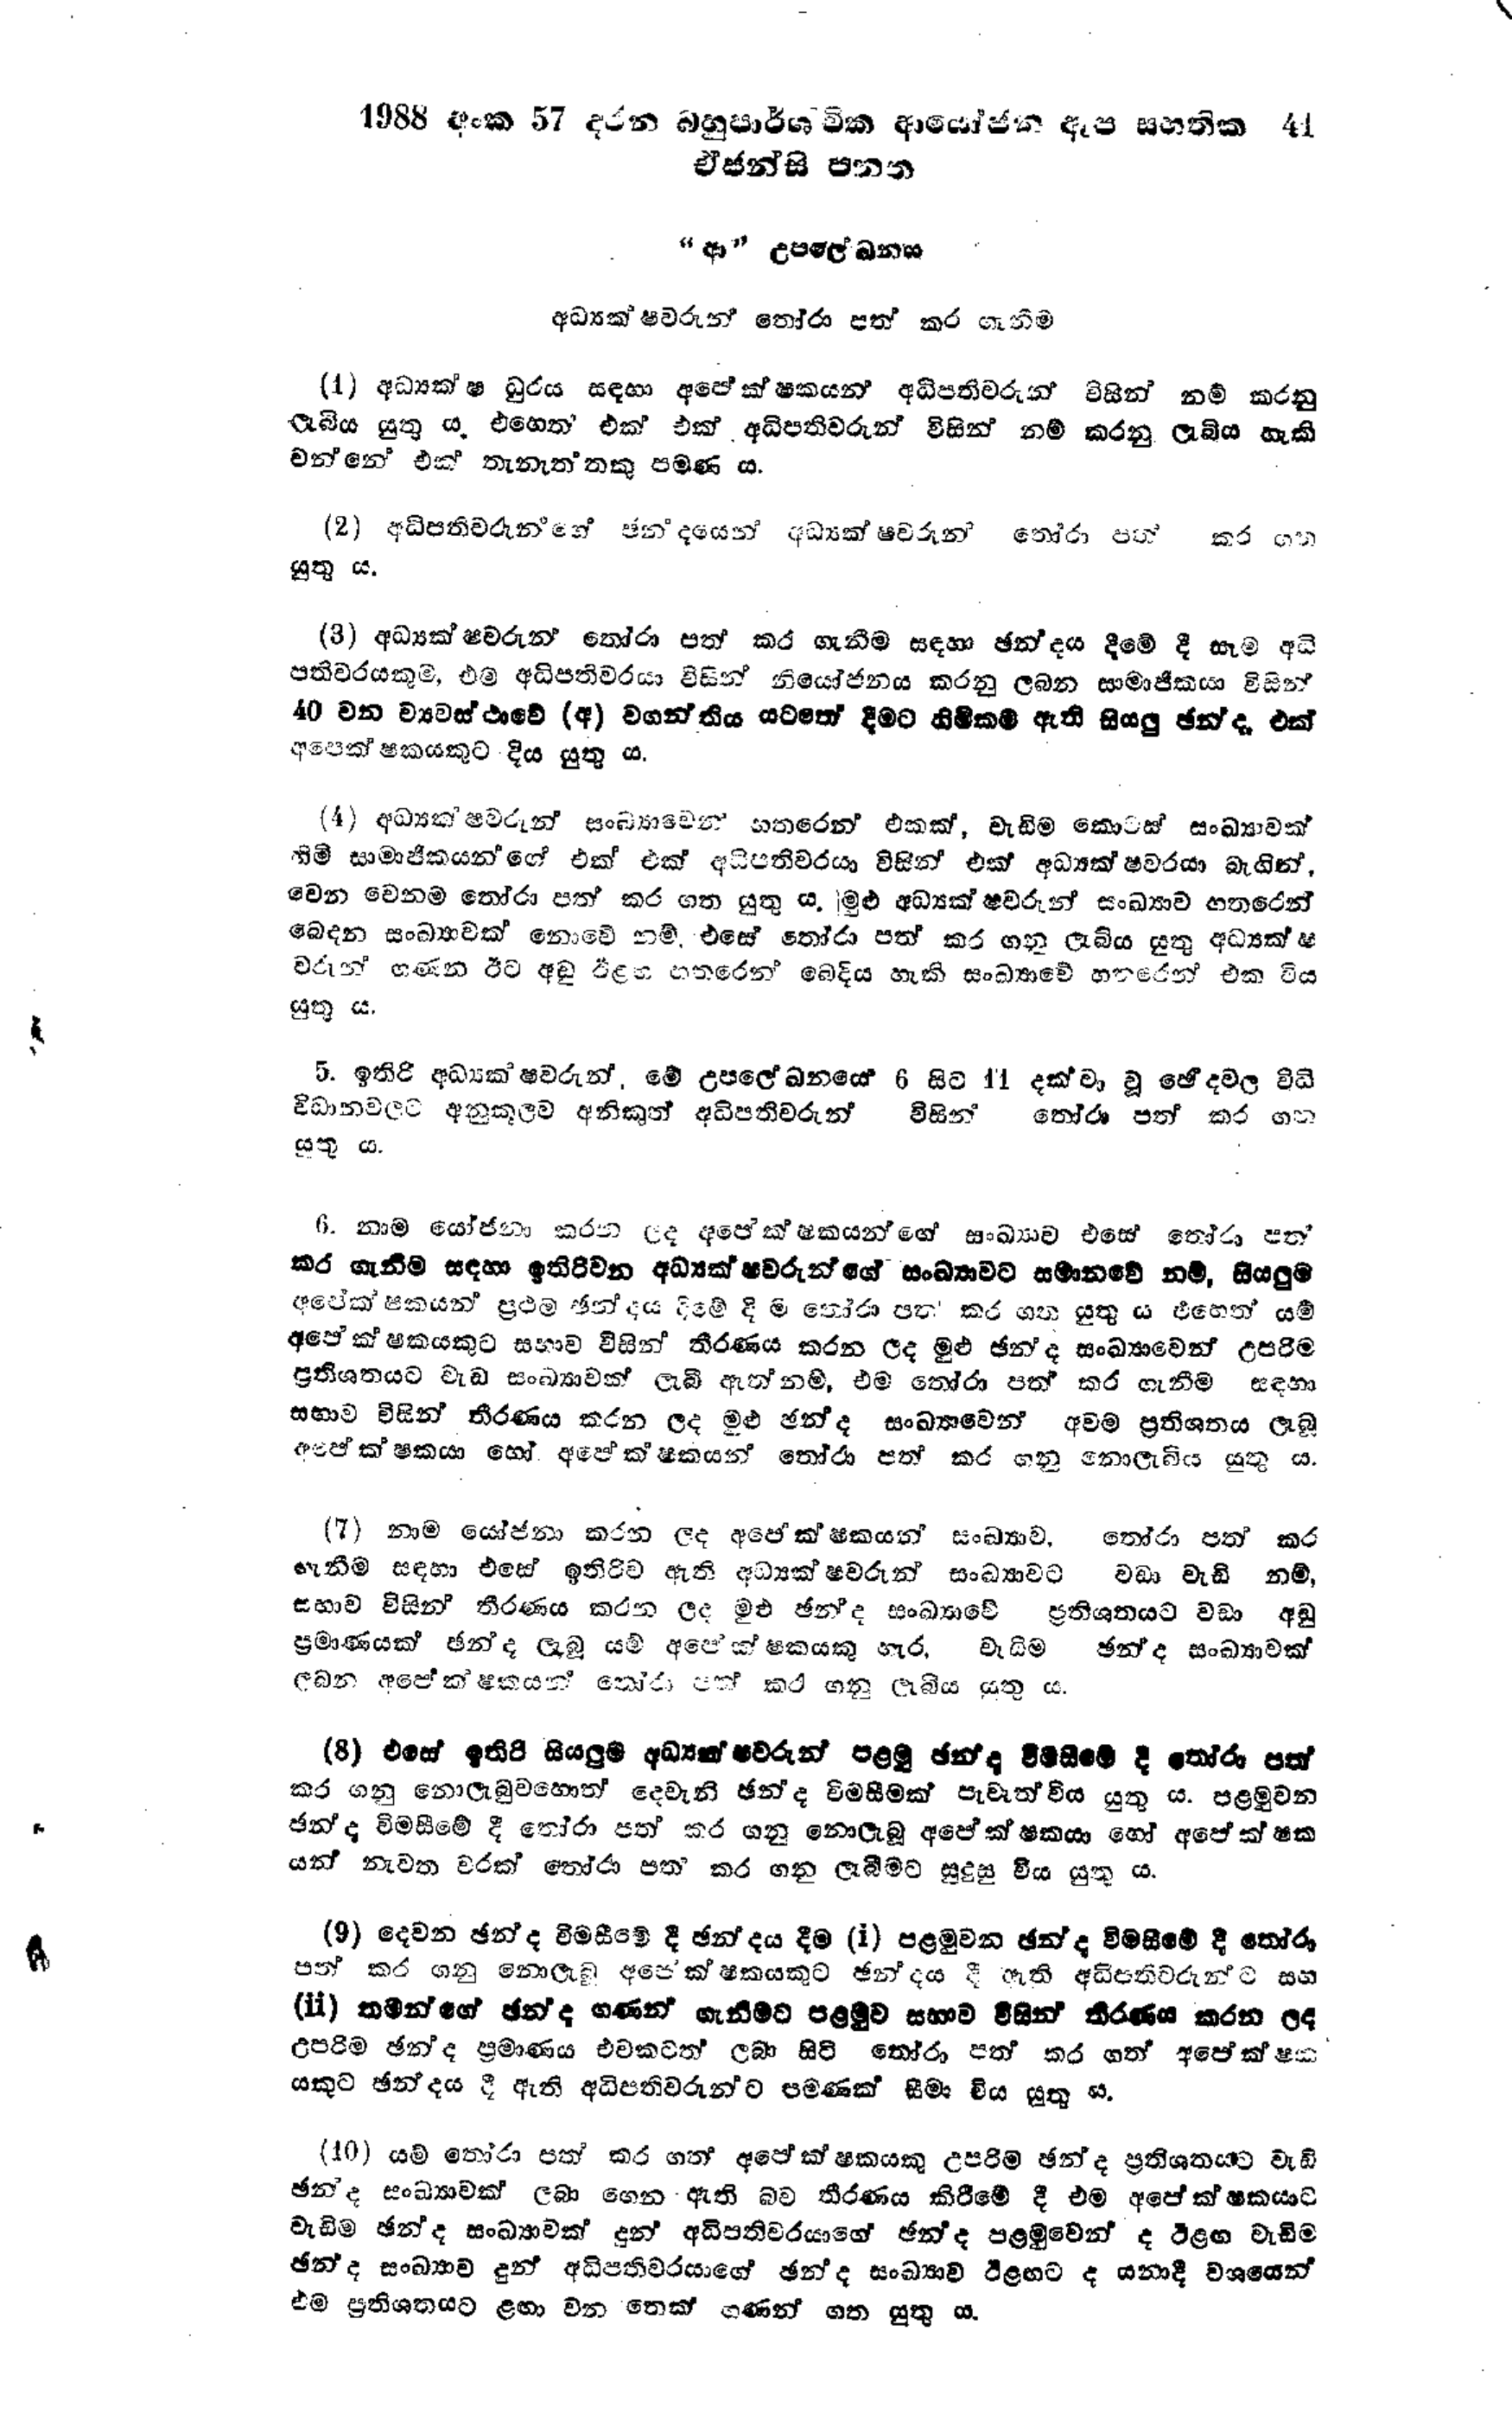
1988 අංක 57 දරන බහුපාර්ශ්චික ආයෝජන ඇප සහතික 41
ඒජන්සි පනත

"ආ" උපලේඛනය

අධ්‍යක්ෂවරුන් තෝරා පත් කර ගැනීම

(4) අධ්‍යක්ෂ ධුරය සඳහා අපේක්ෂකයන් අධිපතිවරුන් විසින් නම් කරනු
ලැබිය යුතු ය. එහෙත් එක් එක් අධිපතිවරුන් විසින් නම් කරනු ලැබිය හැකි
වන්නේ එක් තැනැත්තකු පමණ ය.

(2) අධිපතිවරුන්ගේ ඡන්දයෙන් අධ්‍යක්ෂ්වරුන් තෝරා පත් කර ගත
යුතු ය.

(3) අධ්‍යක්ෂවරුන් තෝරා පත් කර ගැනීම සඳහා ඡන්දය දීමේ දී සෑම අධි
පතිවරයකුම, එම අධිපතිවරයා විසින් නියෝජනය කරනු ලබන සාමාජිකයා විසින්
40 වන ව්‍යවස්ථාවේ (අ) වගන්තිය යටතේ දීමට හිමිකම ඇති සියලු ඡන්ද, එක්
අපෙක්ෂකයකුට දිය යුතු ය.

(4) අධ්‍යක්ෂවරුන් සංඛ්‍යාවෙන් හතරෙන් එකක්, වැඩිම කොටස් සංඛ්‍යාවක්
හිමි සාමාජිකයන්ගේ එක් එක් අධිපතිවරයා විසින් එක් අධ්‍යක්ෂවරයා බැගින්,
වෙන වෙනම තෝරා පත් කර ගත යුතු ය. මුළු අධ්‍යක්ෂවරුන් සංඛ්‍යාව හතරෙන්
බෙදන සංඛ්‍යාවක් නොවේ නම් එසේ තෝරා පත් කරගනු ලැබිය යුතු අධ්‍යක්ෂ
වරුන් ගණන ඊට අඩු ඊළඟ හතරෙන් බෙදිය හැකි සංඛ්‍යාවේ හතරෙන් එක විය
යුතු ය.

5. ඉතිරි අධ්‍යක්ෂවරුන්, මේ උපලේඛනයේ 6 සිට 11 දක්වා වූ ඡේදවල විධි
විධානවලට අනුකූලව අනිකුත් අධිපතිවරුන් විසින් තෝරා පත් කර ගත
යුතු ය.

6. නාම යෝජනා කරන ලද අපේක්ෂකයන්ගේ සංඛ්‍යාව එසේ තෝරා පත්
කර ගැනීම සඳහා ඉතිරිවන අධ්‍යක්ෂවරුන්ගේ සංඛ්‍යාවට සමාන වේ නම්, සියලුම
අපේක්ෂකයන් ප්‍රථම ඡන්දය දිමේ දිම තෝරා පත් කර ගත යුතු ය එහෙත් යම්
අපේක්ෂකයකුට සභාව විසින් තීරණය කරන ලද මුළු ඡන්ද සංඛ්‍යාවෙන් උපරිම
ප්‍රතිශතයට වැඩ සංඛ්‍යාවක් ලැබී ඇත්නම්, එම තෝරා පත් කර ගැනීම සඳහා
සභාව විසින් තීරණය කරන ලද මුළු ඡන්ද සංඛ්‍යාවෙන් අවම ප්‍රතිශතය ලැබූ
අපේක්ෂකයා හෝ අපේක්ෂකයන් තෝරා පත් කර ගනු නොලැබිය යුතු ය.

(7) නාම යෝජනා කරන ලද අපේක්ෂකයන් සංඛ්‍යාව තෝරා පත් කර
ගැනීම සඳහා එසේ ඉතිරිව ඇති අධ්‍යක්ෂවරුන් සංඛ්‍යාවට වඩා වැඩි නම්,
සභාව විසින් තීරණය කරන ලද මුළු ඡන්ද සංඛ්‍යාවේ ප්‍රතිශතයට වඩා අඩු
ප්‍රමාණයක් ඡන්ද ලැබූ යම් අපේක්ෂකයකු හැර, වැඩිම ඡන්ද සංඛ්‍යාවක්
ලබන අපේක්ෂකයන් තෝරා පත් කර ගනු ලැබිය යුතු ය.

(8) එසේ ඉතිරි සියලුම අධ්‍යක්ෂවරුන් පළමු ජන්ද විමසීමේ දී තෝරා පත්
කර ගනු නොලැබුවහොත් දෙවැනි ඡන්ද විමසීමක් පැවැත්විය යුතු ය. පළමුවන
ඡන්ද විමසීමේ දී තෝරා පත් කර ගනු නොලැබූ අපේක්ෂකයා හෝ අපේක්ෂක
යන් නැවත වරක් තෝරා පත‍් කර ගනු ලැබීමට සුදුසු විය යුතු ය.

(9) දෙවන ඡන්ද විමසීමේ දී ඡන්දය දීම (i) පළමුවන ඡන්ද විමසීමේ දී තෝරා
පත් කර ගනු නොලැබු අපේක්ෂකයකුට ඡන්දය දී ඇති අධිපතිවරුන්ට සහ
(ii) තමන්ගේ ඡන්ද ගණන් ගැනීමට පළමුව සභාව විසින් තීරණය කරන ලද
උපරිම ඡන්ද ප්‍රමාණය එවකටත් ලබා සිටි තෝරා පත් කර ගත් අපේක්ෂක
යකුට ඡන්දය දී ඇති අධිපතිවරුන්ට පමණක් සීමා විය යුතු ය.

(10) යම් තෝරා පත් කර ගත් අපේක්ෂකයකු උපරිම ඡන්ද ප්‍රතිශතයට වැඩි
ඡන්ද සංඛ්‍යාවක් ලබා ගෙන ඇති බව තීරණය කිරීමේදී එම අපේක්ෂකයාට
වැඩිම ඡන්ද සංඛ්‍යාවක් දුන් අධිපතිවරයාගේ ඡන්ද පළමුවෙන් ද ඊළඟ වැඩිම
ඡන්ද සංඛ්‍යාව දුන් අධිපතිවරයාගේ ඡන්ද සංඛ්‍යාව ඊළඟට ද යනාදී වශයෙන්
එම ප්‍රතිශතයට ළඟා වන තෙක් ගණන් ගත යුතු ය.